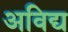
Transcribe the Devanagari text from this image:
अविद्य